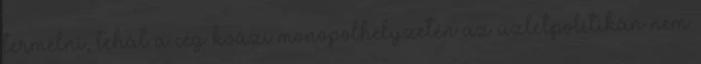
termelni, tehát a cég kvázi monopolhelyzetén az üzletpolitikán nem